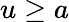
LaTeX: u\ge a